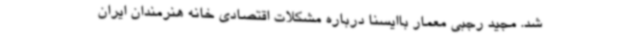
شد. مجید رجبی معمار باایسنا درباره مشکلات اقتصادی خانه هنرمندان ایران